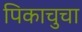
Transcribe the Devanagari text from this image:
पिकाचुचा